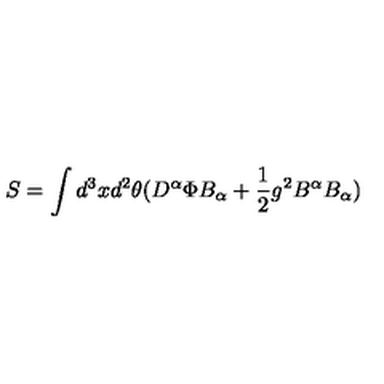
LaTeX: S = \int d ^ { 3 } x d ^ { 2 } \theta ( D ^ { \alpha } \Phi B _ { \alpha } + \frac 1 2 g ^ { 2 } B ^ { \alpha } B _ { \alpha } )